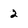
Character: 2